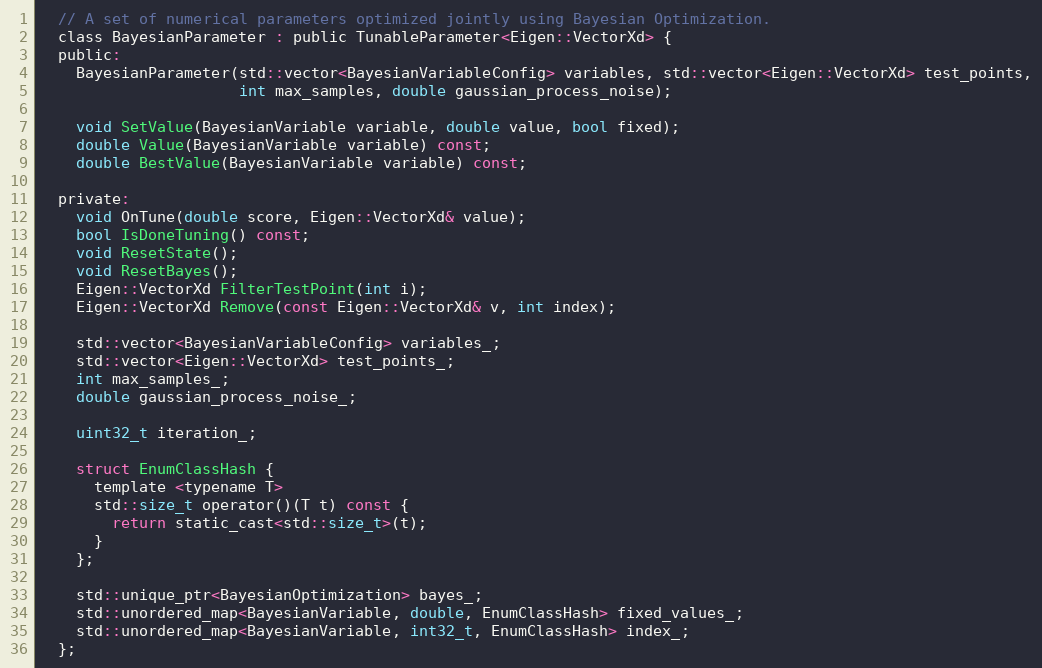
Language: C
  // A set of numerical parameters optimized jointly using Bayesian Optimization.
  class BayesianParameter : public TunableParameter<Eigen::VectorXd> {
  public:
    BayesianParameter(std::vector<BayesianVariableConfig> variables, std::vector<Eigen::VectorXd> test_points,
                      int max_samples, double gaussian_process_noise);

    void SetValue(BayesianVariable variable, double value, bool fixed);
    double Value(BayesianVariable variable) const;
    double BestValue(BayesianVariable variable) const;

  private:
    void OnTune(double score, Eigen::VectorXd& value);
    bool IsDoneTuning() const;
    void ResetState();
    void ResetBayes();
    Eigen::VectorXd FilterTestPoint(int i);
    Eigen::VectorXd Remove(const Eigen::VectorXd& v, int index);

    std::vector<BayesianVariableConfig> variables_;
    std::vector<Eigen::VectorXd> test_points_;
    int max_samples_;
    double gaussian_process_noise_;

    uint32_t iteration_;

    struct EnumClassHash {
      template <typename T>
      std::size_t operator()(T t) const {
        return static_cast<std::size_t>(t);
      }
    };

    std::unique_ptr<BayesianOptimization> bayes_;
    std::unordered_map<BayesianVariable, double, EnumClassHash> fixed_values_;
    std::unordered_map<BayesianVariable, int32_t, EnumClassHash> index_;
  };